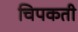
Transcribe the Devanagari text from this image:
चिपकती